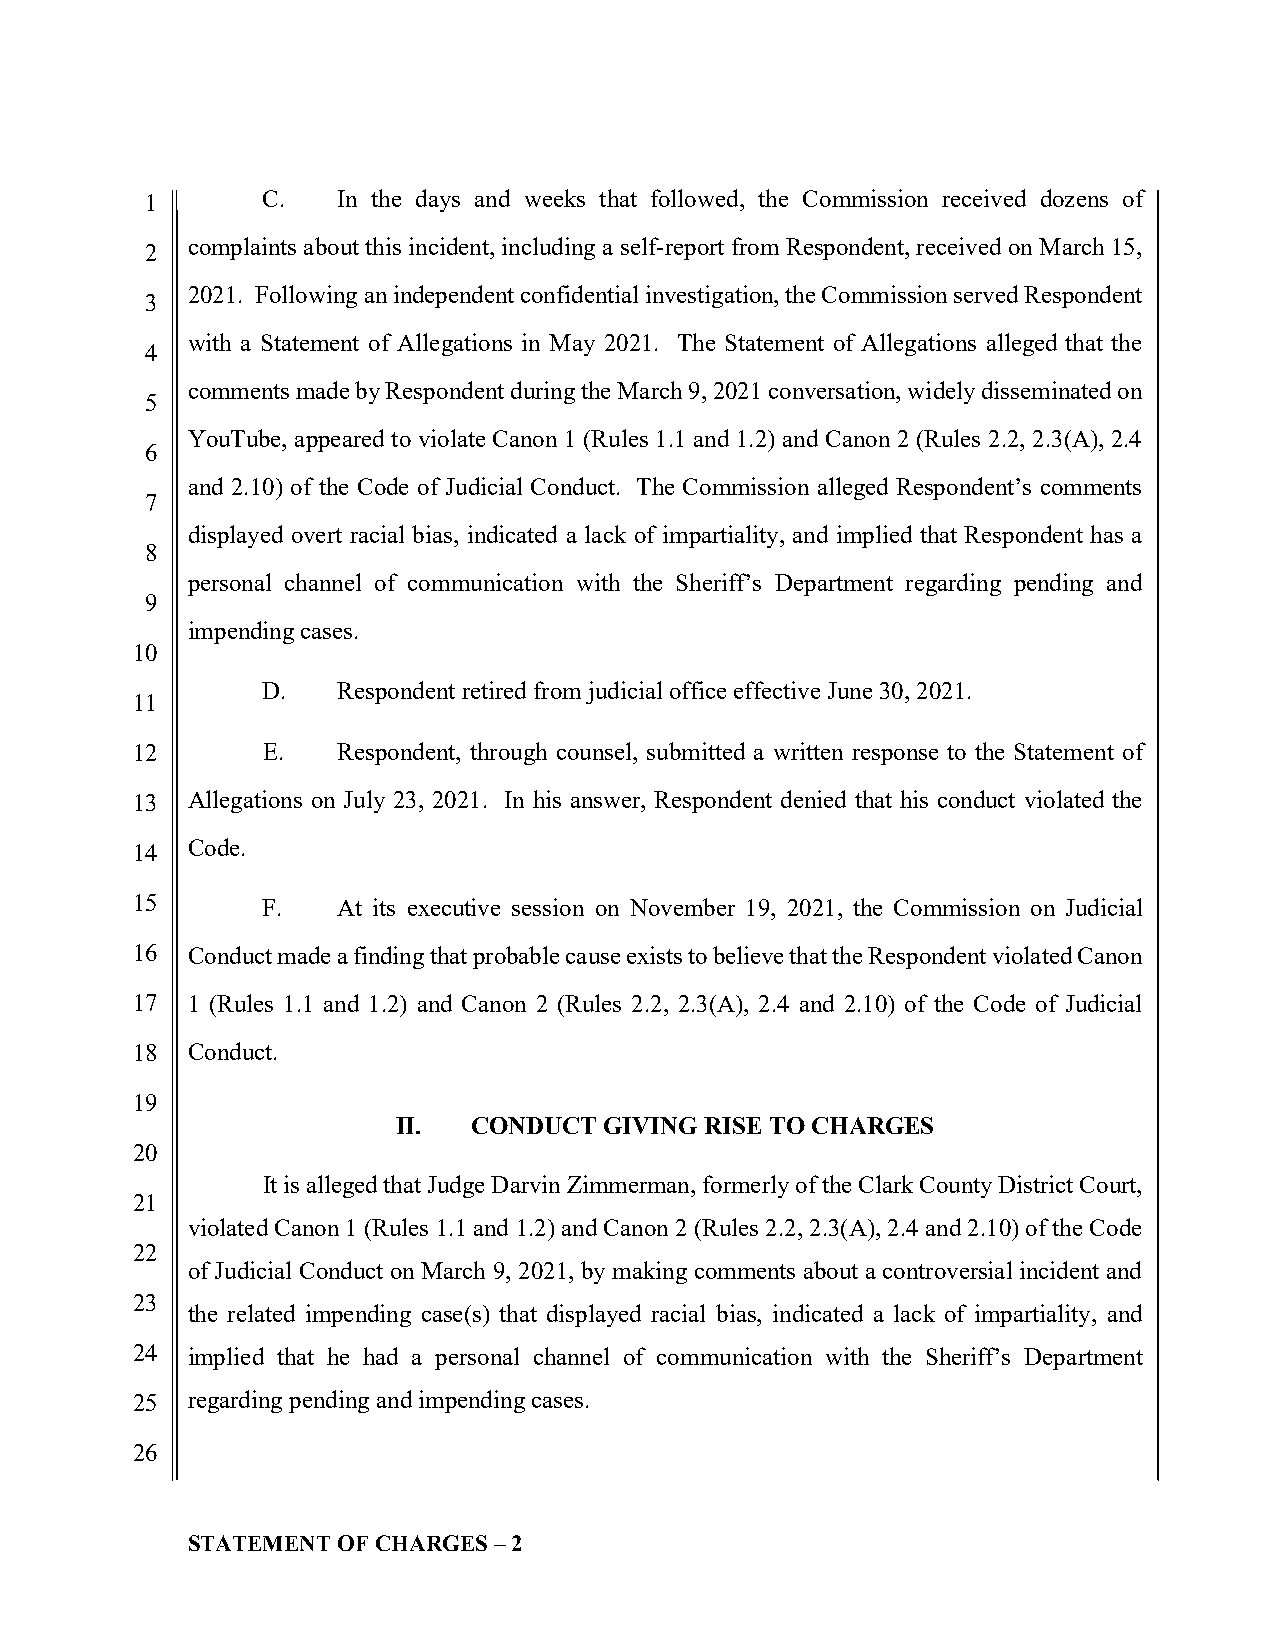
1      C.   In the days and weeks that followed, the Commission received dozens of
 2 complaints about this incident, including a self-report from Respondent, received on March 15,
 2021. Following an independent confidential investigation, the Commission served Respondent
 3
 with a Statement of Allegations in May 2021. The Statement of Allegations alleged that the
 4
 comments made by Respondent during the March 9, 2021 conversation, widely disseminated on
 5
 YouTube, appeared to violate Canon 1 (Rules 1.1 and 1.2) and Canon 2 (Rules 2.2, 2.3(A), 2.4
 6
 and 2.10) of the Code of Judicial Conduct. The Commission alleged Respondent’s comments
 7
 displayed overt racial bias, indicated a lack of impartiality, and implied that Respondent has a
 8
 personal channel of communication with the Sheriff’s Department regarding pending and
 9
 impending cases.
 10
 D.   Respondent retired from judicial office effective June 30, 2021.
 11
 12      E.   Respondent, through counsel, submitted a written response to the Statement of
 13 Allegations on July 23, 2021. In his answer, Respondent denied that his conduct violated the
 14 Code.
 15      F.   At its executive session on November 19, 2021, the Commission on Judicial
 16 Conduct made a finding that probable cause exists to believe that the Respondent violated Canon
 17 1 (Rules 1.1 and 1.2) and Canon 2 (Rules 2.2, 2.3(A), 2.4 and 2.10) of the Code of Judicial
 18 Conduct.
 19
 II.  CONDUCT  GIVING RISE TO CHARGES
 20
 It is alleged that Judge Darvin Zimmerman, formerly of the Clark County District Court,
 21
 violated Canon 1 (Rules 1.1 and 1.2) and Canon 2 (Rules 2.2, 2.3(A), 2.4 and 2.10) of the Code
 22
 of Judicial Conduct on March 9, 2021, by making comments about a controversial incident and
 23
 the related impending case(s) that displayed racial bias, indicated a lack of impartiality, and
 24 implied that he had a personal channel of communication with the Sheriff’s Department
 25 regarding pending and impending cases.
 26
 STATEMENT OF CHARGES – 2